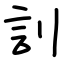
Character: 䚯